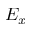
E _ { x }